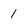
Character: 1